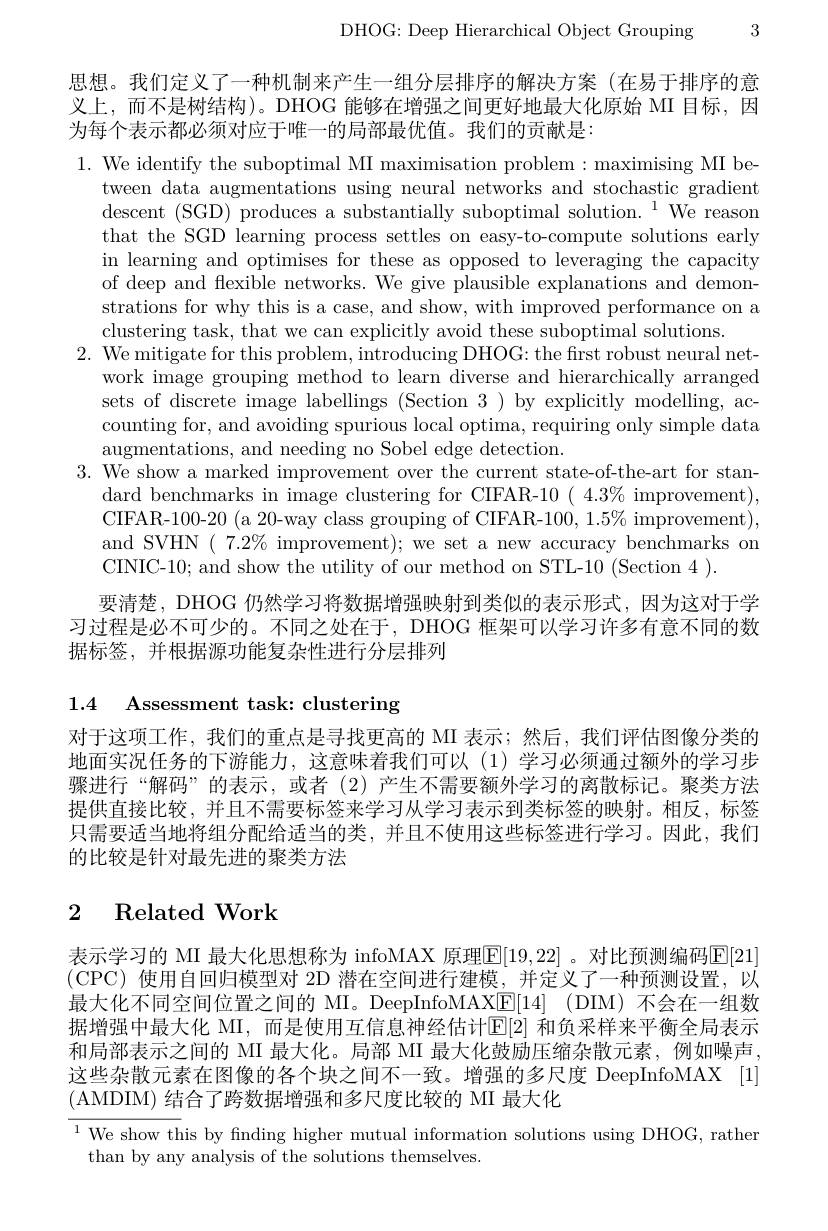
DHOG: Deep Hierarchical Object Grouping 3

思想。我们定义了一种机制来产生一组分层排序的解决方案(在易于排序的意义上，而不是树结构)。DHOG 能够在增强之间更好地最大化原始 MI 目标，因为每个表示都必须对应于唯一的局部最优值。我们的贡献是：

1. We identify the suboptimal MI maximisation problem: maximising MI be
tween data augmentations using neural networks and stochastic gradient descent (SGD) produces a substantially suboptimal solution.$^1$We reason that the SGD learning process settles on easy-to-compute solutions early in learning and optimises for these as opposed to leveraging the capacity of deep and flexible networks. We give plausible explanations and demonstrations for why this is a case, and show, with improved performance on a clustering task, that we can explicitly avoid these suboptimal solutions
$2.{\text{ We mitigate for this problem, introducing DHOG: the first robust neural net-}}$
work image grouping method to learn diverse and hierarchically arranged sets of discrete image labellings (Section 3 ) by explicitly modelling, accounting for, and avoiding spurious local optima, requiring only simple data augmentations, and needing no Sobel edge detection.
3. We show a marked improvement over the current state-of-the-art for stan-
dard benchmarks in image clustering for CIFAR-10 ( 4.3% improvement), CIFAR-100-20 (a 20-way class grouping of CIFAR-$100,1.5\%$ improvement), and SVHN $(7.2\%$ improvement);we set a new accuracy benchmarks on CINIC-10; and show the utility of our method on STL-10 (Section 4 ).
要清楚，DHOG 仍然学习将数据增强映射到类似的表示形式，因为这对于学习过程是必不可少的。不同之处在于，DHOG 框架可以学习许多有意不同的数据标签，并根据源功能复杂性进行分层排列

1.4 Assessment task: clustering

对于这项工作，我们的重点是寻找更高的 MI 表示；然后，我们评估图像分类的地面实况任务的下游能力，这意味着我们可以(1)学习必须通过额外的学习步骤进行“解码”的表示，或者(2)产生不需要额外学习的离散标记。聚类方法提供直接比较，并且不需要标签来学习从学习表示到类标签的映射。相反，标签只需要适当地将组分配给适当的类，并且不使用这些标签进行学习。因此，我们的比较是针对最先进的聚类方法

## 2 Related Work

表示学习的 MI 最大化思想称为 infoMAX 原理$\boxed{\mathbb{E}}[19,22]$ 。对比预测编码$\boxed{\mathbb{E}}[21]$ (CPC)使用自回归模型对 2D 潜在空间进行建模，并定义了一种预测设置，以最大化不同空间位置之间的 MI。DeepInfoMAX[E[14] (DIM) 不会在一组数据增强中最大化 MI,而是使用互信息神经估计$\mathbb{E}[2]$ 和负采样来平衡全局表示和局部表示之间的 MI 最大化。局部 MI 最大化鼓励压缩杂散元素，例如噪声这些杂散元素在图像的各个块之间不一致。增强的多尺度 DeepInfoMAX [1] (AMDIM) 结合了跨数据增强和多尺度比较的 MI 最大化

$^{1}$ We show this by finding higher mutual information solutions using DHOG, rather
than by any analysis of the solutions themselves